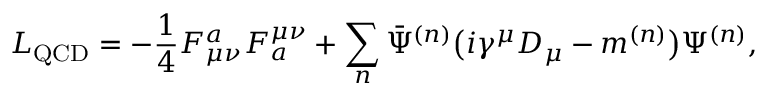
{ \cal L } _ { \mathrm { Q C D } } = - \frac { 1 } { 4 } F _ { \mu \nu } ^ { a } F _ { a } ^ { \mu \nu } + \sum _ { n } \bar { \Psi } ^ { ( n ) } \big ( i \gamma ^ { \mu } D _ { \mu } - m ^ { ( n ) } \big ) \Psi ^ { ( n ) } ,